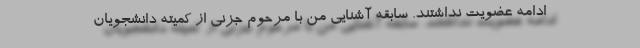
ادامه عضویت نداشتند. سابقه آشنایی من با مرحوم جزنی از كمیته دانشجویان